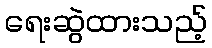
ရေးဆွဲထားသည့်